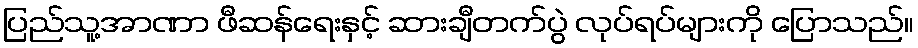
ပြည်သူ့အာဏာ ဖီဆန်ရေးနှင့် ဆားချီတက်ပွဲ လုပ်ရပ်များကို ပြောသည်။